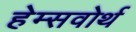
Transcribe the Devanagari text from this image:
हेम्सवोर्थ